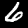
Label: 6